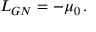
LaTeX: { \cal L } _ { G N } = - \mu _ { 0 } \, .